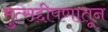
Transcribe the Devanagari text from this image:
मुत्सद्दीपणातून